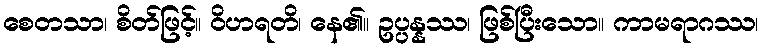
စေတသာ၊ စိတ်ဖြင့်။ ဝိဟရတိ၊ နေ၏။ ဥပ္ပန္နဿ၊ ဖြစ်ပြီးသော။ ကာမရာဂဿ၊